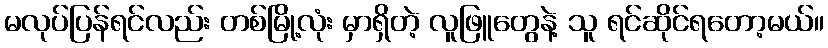
မလုပ်ပြန်ရင်လည်း တစ်မြို့လုံး မှာရှိတဲ့ လူဖြူတွေနဲ့ သူ ရင်ဆိုင်ရတော့မယ်။